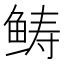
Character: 𩾂